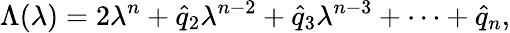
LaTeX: \Lambda(\lambda)=2\lambda^{n}+\hat{q}_{2}\lambda^{n-2}+\hat{q}_{3}\lambda^{n-3}+\cdots+\hat{q}_{n},